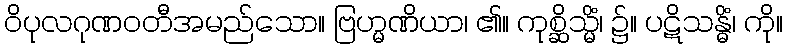
ဝိပုလဂုဏဝတီအမည်သော။ ဗြဟ္မဏိယာ၊ ၏။ ကုစ္ဆိသ္မိံ၊ ၌။ ပဋိသန္ဓိံ၊ ကို။